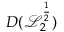
D ( \mathcal { L } _ { 2 } ^ { \frac { 1 } { 2 } } )